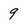
Character: 9